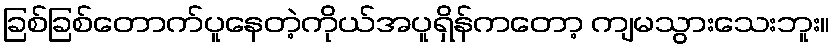
ခြစ်ခြစ်တောက်ပူနေတဲ့ကိုယ်အပူရှိန်ကတော့ ကျမသွားသေးဘူး။